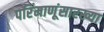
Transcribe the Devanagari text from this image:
परिंमाणूंसारख्या